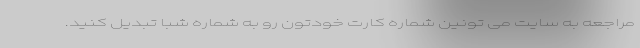
مراجعه به سایت می تونین شماره کارت خودتون رو به شماره شبا تبدیل کنید.